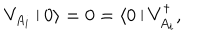
LaTeX: V _ { A _ { i } } \arrowvert 0 \rangle = 0 = \langle 0 \arrowvert V _ { A _ { i } } ^ { \dagger } ,